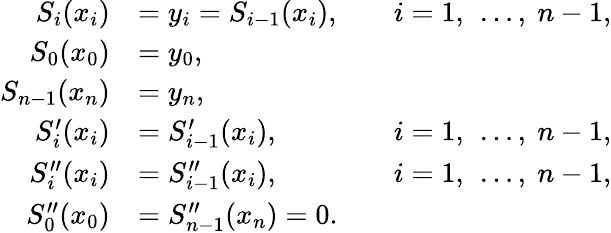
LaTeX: {\begin{array}{rlrl}{S_{i}(x_{i})}&{=y_{i}=S_{i-1}(x_{i}),}&&{i=1,\ \ldots,\ n-1,}\\ {S_{0}(x_{0})}&{=y_{0},}\\ {S_{n-1}(x_{n})}&{=y_{n},}\\ {S_{i}^{\prime}(x_{i})}&{=S_{i-1}^{\prime}(x_{i}),}&&{i=1,\ \ldots,\ n-1,}\\ {S_{i}^{\prime\prime}(x_{i})}&{=S_{i-1}^{\prime\prime}(x_{i}),}&&{i=1,\ \ldots,\ n-1,}\\ {S_{0}^{\prime\prime}(x_{0})}&{=S_{n-1}^{\prime\prime}(x_{n})=0.}\end{array}}